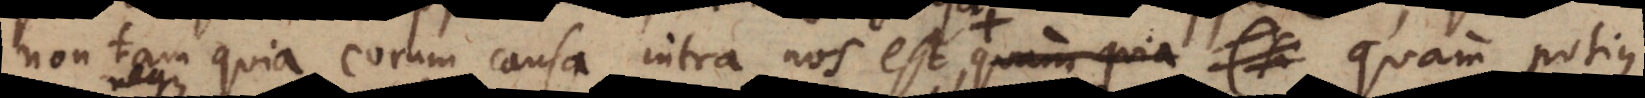
non tam quia eorum causa intra nos est neque aliquid externi